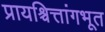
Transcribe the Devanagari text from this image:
प्रायश्चित्तांगभूत